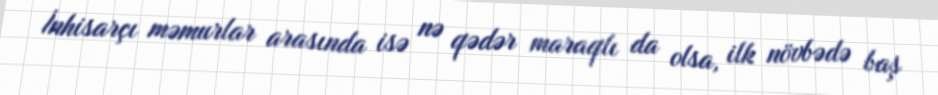
İnhisarçı məmurlar arasında isə nə qədər maraqlı da olsa, ilk növbədə baş